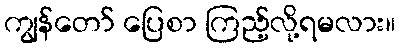
ကျွန်တော် ပြေစာ ကြည့်လို့ရမလား။